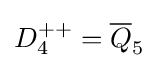
D_{4}^{++}={\overline {Q}}_{5}